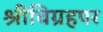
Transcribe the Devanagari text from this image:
श्रीविग्रहपर